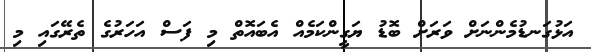
އަޅުގަނޑުމެންނަށް ވަރަށް ބޮޑު ޔަގީންކަމެއް އެބައޮތް މި ފަސް އަހަރުގެ ތެރޭގައި މި